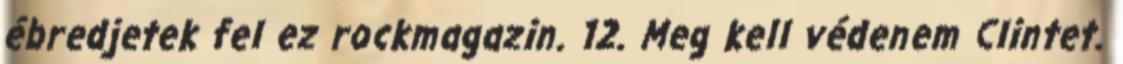
ébredjetek fel ez rockmagazin. 12. Meg kell védenem Clintet.